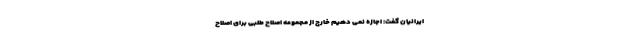
ایرانیان گفت: اجازه نمی دهیم خارج از مجموعه اصلاح طلبی برای اصلاح